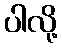
ပါလို့